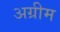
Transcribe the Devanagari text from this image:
अग्रीम